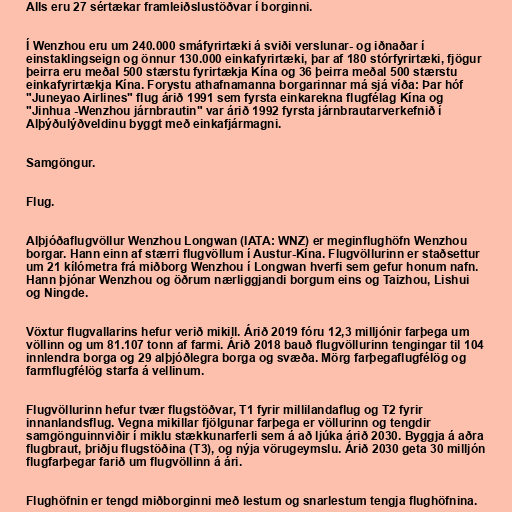
Alls eru 27 sértækar framleiðslustöðvar í borginni.

Í Wenzhou eru um 240.000 smáfyrirtæki á sviði verslunar- og iðnaðar í
einstaklingseign og önnur 130.000 einkafyrirtæki, þar af 180 stórfyrirtæki, fjögur
þeirra eru meðal 500 stærstu fyrirtækja Kína og 36 þeirra meðal 500 stærstu
einkafyrirtækja Kína. Forystu athafnamanna borgarinnar má sjá víða: Þar hóf
"Juneyao Airlines" flug árið 1991 sem fyrsta einkarekna flugfélag Kína og
"Jinhua -Wenzhou járnbrautin" var árið 1992 fyrsta járnbrautarverkefnið í
Alþýðulýðveldinu byggt með einkafjármagni.

Samgöngur.

Flug.

Alþjóðaflugvöllur Wenzhou Longwan (IATA: WNZ) er meginflughöfn Wenzhou
borgar. Hann einn af stærri flugvöllum í Austur-Kína. Flugvöllurinn er staðsettur
um 21 kílómetra frá miðborg Wenzhou í Longwan hverfi sem gefur honum nafn.
Hann þjónar Wenzhou og öðrum nærliggjandi borgum eins og Taizhou, Lishui
og Ningde.

Vöxtur flugvallarins hefur verið mikill. Árið 2019 fóru 12,3 milljónir farþega um
völlinn og um 81.107 tonn af farmi. Árið 2018 bauð flugvöllurinn tengingar til 104
innlendra borga og 29 alþjóðlegra borga og svæða. Mörg farþegaflugfélög og
farmflugfélög starfa á vellinum.

Flugvöllurinn hefur tvær flugstöðvar, T1 fyrir millilandaflug og T2 fyrir
innanlandsflug. Vegna mikillar fjölgunar farþega er völlurinn og tengdir
samgönguinnviðir í miklu stækkunarferli sem á að ljúka árið 2030. Byggja á aðra
flugbraut, þriðju flugstöðina (T3), og nýja vörugeymslu. Árið 2030 geta 30 milljón
flugfarþegar farið um flugvöllinn á ári.

Flughöfnin er tengd miðborginni með lestum og snarlestum tengja flughöfnina.